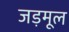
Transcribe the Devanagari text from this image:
जड़मूल